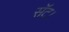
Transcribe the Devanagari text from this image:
सॅट।